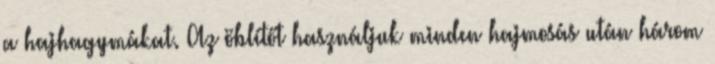
a hajhagymákat. Az öblítőt használjuk minden hajmosás után három